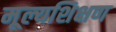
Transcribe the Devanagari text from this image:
मूल्यशिक्षण